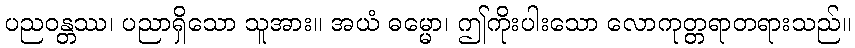
ပညဝန္တဿ၊ ပညာရှိသော သူအား။ အယံ ဓမ္မော၊ ဤကိုးပါးသော လောကုတ္တရာတရားသည်။